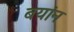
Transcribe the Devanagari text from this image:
बयांन